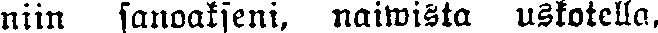
niin sanoakseni, naiwista uskotella,